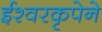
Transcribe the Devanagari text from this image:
ईश्वरकृपेने